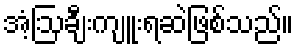
အံ့ဩချီးကျူးရဆဲဖြစ်သည်။